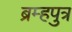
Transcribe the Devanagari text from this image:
ब्रम्हपुत्र